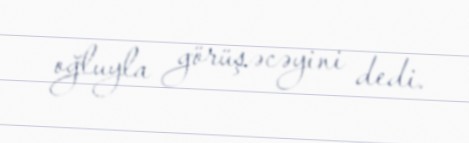
oğluyla görüşəcəyini dedi.